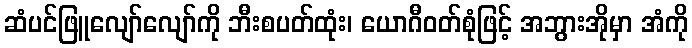
ဆံပင်ဖြူလျော်လျော်ကို ဘီးစပတ်ထုံး၊ ယောဂီဝတ်စုံဖြင့် အဘွားအိုမှာ အံကို